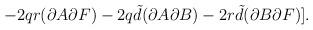
LaTeX: \begin{align*}-2qr(\partial A\partial F)-2q{\tilde d}(\partial A\partial B)- 2r{\tilde d}(\partial B\partial F)]. \end{align*}